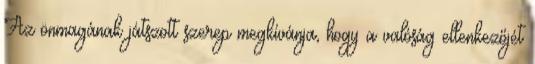
Az önmagának játszott szerep megkívánja, hogy a valóság ellenkezőjét